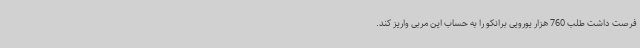
فرصت داشت طلب 760 هزار یورویی برانکو را به حساب این مربی واریز کند.